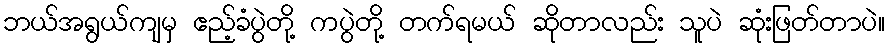
ဘယ်အရွယ်ကျမှ ဧည့်ခံပွဲတို့ ကပွဲတို့ တက်ရမယ် ဆိုတာလည်း သူပဲ ဆုံးဖြတ်တာပဲ။